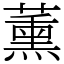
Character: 薰